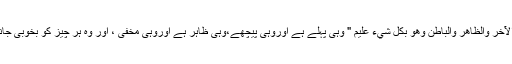
" هُوَ الأَوَّلُ وَالآخِرُ وَالظَّاهِرُ وَالْبَاطِنُ وَهُوَ بِكُلِّ شَيْءٍ عَلِيمٌ " وہی پہلے ہے اوروہی پیچھے،وہی ظاہر ہے اوروہی مخفی ، اور وہ ہر چیز کو بخوبی جاننے والا ہے۔